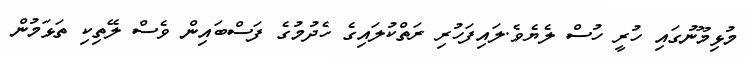
މުޅިމޫނުގައި ހުރީ ހުސް ލެޔެވެ.ލައިފަހުރި ރަތްކުލައިގެ ހެދުމުގެ ފަސްބައިން ވެސް ލޭތިކި ތަޅަމުން